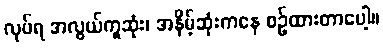
လုပ်ရ အလွယ်ကူဆုံး၊ အနိမ့်ဆုံးကနေ စဉ်ထားတာပေါ့။